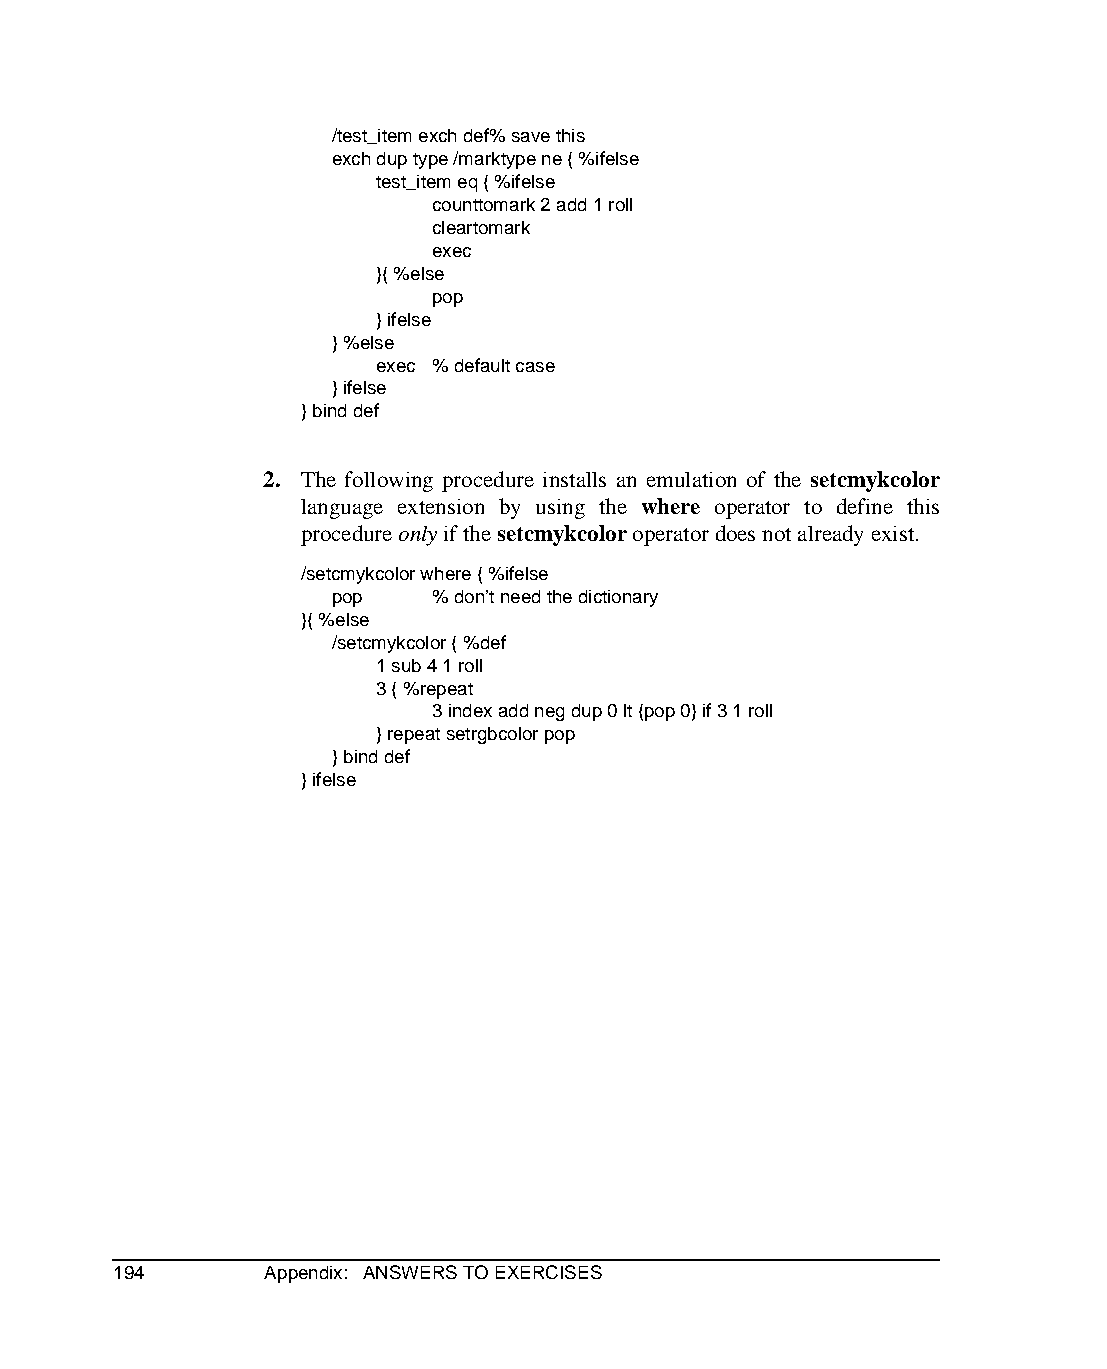
/test_item exch def% save this
 exch dup type /marktype ne { %ifelse
 test_item eq { %ifelse
 counttomark 2 add 1 roll
 cleartomark
 exec
 }{ %else
 pop
 } ifelse
 } %else
 exec % default case
 } ifelse
 } bind def
 2. The following procedure installs an emulation of the setcmykcolor
 language extension by using the where operator to define this
 procedure only if the setcmykcolor operator does not already exist.
 /setcmykcolor where { %ifelse
 pop   % don’t need the dictionary
 }{ %else
 /setcmykcolor { %def
 1 sub 4 1 roll
 3 { %repeat
 3 index add neg dup 0 lt {pop 0} if 3 1 roll
 } repeat setrgbcolor pop
 } bind def
 } ifelse
 194       Appendix: ANSWERS TO EXERCISES